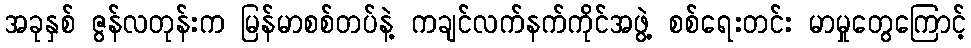
အခုနှစ် ဇွန်လတုန်းက မြန်မာစစ်တပ်နဲ့ ကချင်လက်နက်ကိုင်အဖွဲ့ စစ်ရေးတင်း မာမှုတွေကြောင့်